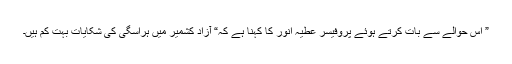
” اس حوالے سے بات کرتے ہوئے پروفیسر عطیہ انور کا کہنا ہے کہ“ آزاد کشمیر میں ہراسگی کی شکایات بہت کم ہیں۔